Note on the mental hospitals in Burma - 1925-1940
Year: 1925
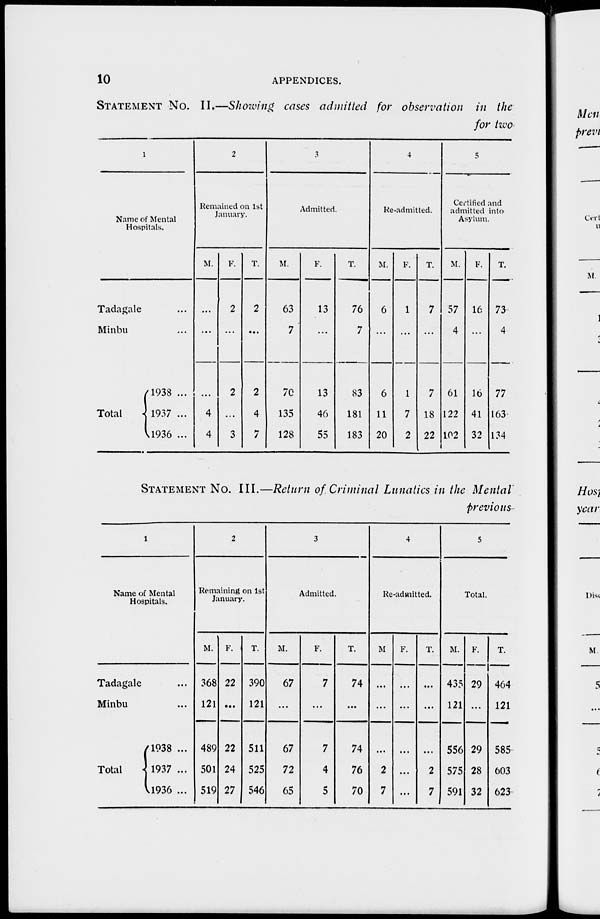
10
APPENDICES.
STATEMENT NO. II.—Showing cases admitted for observation in the
for two
1
Name of Mental
Hospitals.
Tadagale ...
Minbu ...
Total
1938 ...
1937 ...
1936 ...
2
Remained on 1st
January.
M.
...
...
...
4
4
F.
2
...
2
...
3
T.
2
...
2
4
7
3
Admitted.
M.
63
7
70
135
128
F.
13
...
13
46
55
T.
76
7
83
181
183
4
Re-admitted.
M.
6
...
6
11
20
F.
1
...
1
7
2
T.
7
...
7
18
22
5
Certified and
admitted into
Asylum.
M.
57
4
61
122
102
F.
16
...
16
41
32
T.
73
4
77
163
134
STATEMENT NO. III.—Return of Criminal Lunatics in the Mental
previous
1
Name of Mental
Hospitals.
Tadagale ...
Minbu ...
Total
1938 ...
1937 ...
1936 ...
2
Remaining on 1st
January.
M.
368
121
489
501
519
F.
22
...
22
24
27
T.
390
121
511
525
546
3
Admitted.
M.
67
...
67
72
65
F.
7
...
7
4
5
T.
74
...
74
76
70
4
Re-admitted.
M
...
...
...
2
7
F.
...
...
...
...
...
T.
...
...
...
2
7
5
Total.
M.
435
121
556
575
591
F.
29
...
29
28
32
T.
464
121
585
603
623